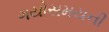
ગયોસમયની